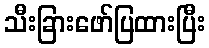
သီးခြားဖော်ပြထားပြီး